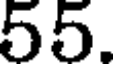
55.